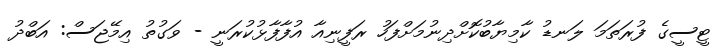
ޓީސީގެ ފުރަތަމަ ލަނޑު ކާމިޔާބުކޮށްދިނުމަށްފަހު ރަފީނިއާ އުފާފާޅުކުރަނީ - ވަގުތު އިމޭޖަސް: އަބްދު